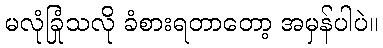
မလုံခြုံသလို ခံစားရတာတော့ အမှန်ပါပဲ။